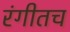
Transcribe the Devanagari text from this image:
रंगीतच